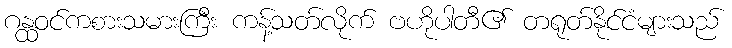
ဂန္ထဝင်ကစားသမားကြီး ကန့်သတ်လိုက် ဗဟိုပါတီ၏ တရုတ်နိုင်ငံများသည်